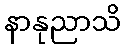
နာနုညာသိ